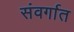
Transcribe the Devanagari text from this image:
संवर्गात